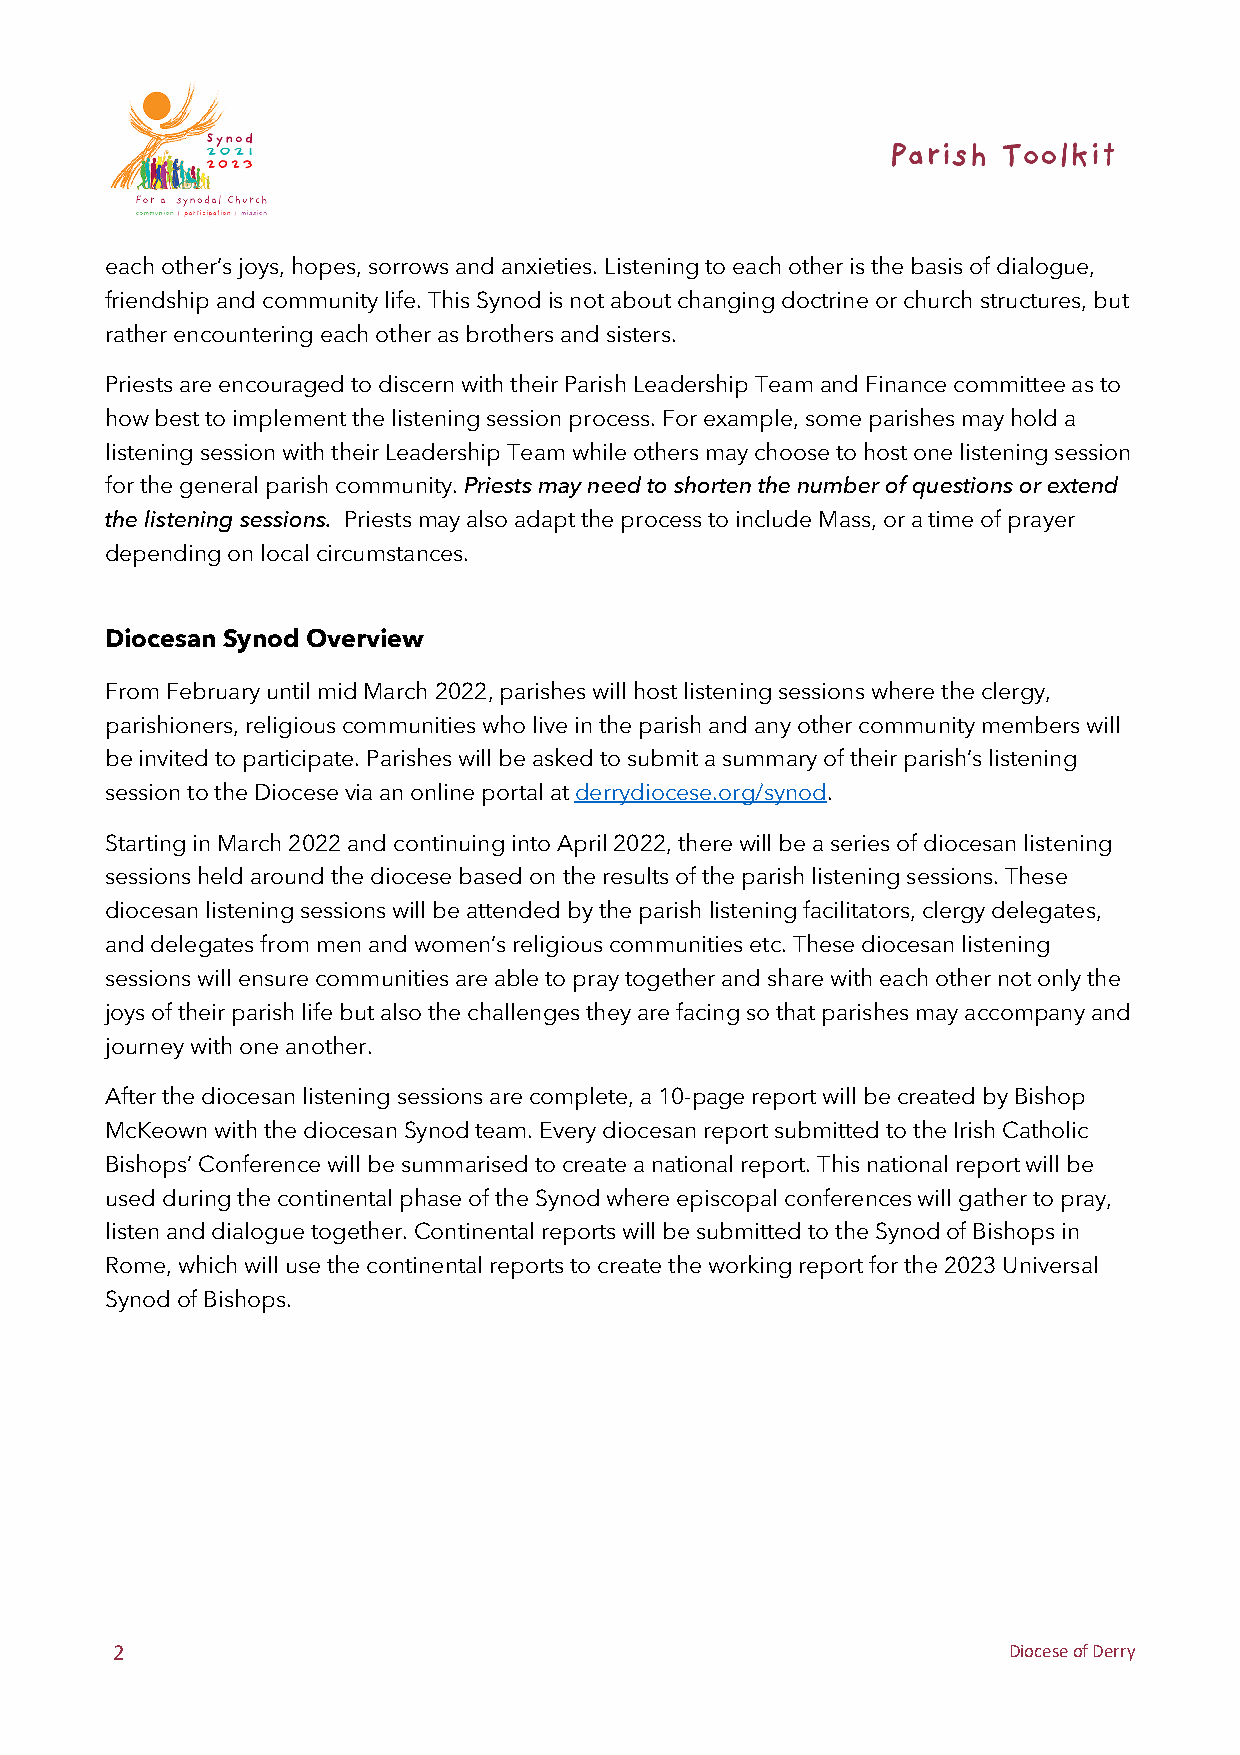
each other’s joys, hopes, sorrows and anxieties. Listening to each other is the basis of dialogue,
 friendship and community life. This Synod is not about changing doctrine or church structures, but
 rather encountering each other as brothers and sisters.
 Priests are encouraged to discern with their Parish Leadership Team and Finance committee as to
 how best to implement the listening session process. For example, some parishes may hold a
 listening session with their Leadership Team while others may choose to host one listening session
 for the general parish community. Priests may need to shorten the number of questions or extend
 the listening sessions. Priests may also adapt the process to include Mass, or a time of prayer
 depending on local circumstances.
 Diocesan Synod Overview
 From February until mid March 2022, parishes will host listening sessions where the clergy,
 parishioners, religious communities who live in the parish and any other community members will
 be invited to participate. Parishes will be asked to submit a summary of their parish’s listening
 session to the Diocese via an online portal at derrydiocese.org/synod.
 Starting in March 2022 and continuing into April 2022, there will be a series of diocesan listening
 sessions held around the diocese based on the results of the parish listening sessions. These
 diocesan listening sessions will be attended by the parish listening facilitators, clergy delegates,
 and delegates from men and women’s religious communities etc. These diocesan listening
 sessions will ensure communities are able to pray together and share with each other not only the
 joys of their parish life but also the challenges they are facing so that parishes may accompany and
 journey with one another.
 After the diocesan listening sessions are complete, a 10-page report will be created by Bishop
 McKeown with the diocesan Synod team. Every diocesan report submitted to the Irish Catholic
 Bishops’ Conference will be summarised to create a national report. This national report will be
 used during the continental phase of the Synod where episcopal conferences will gather to pray,
 listen and dialogue together. Continental reports will be submitted to the Synod of Bishops in
 Rome, which will use the continental reports to create the working report for the 2023 Universal
 Synod of Bishops.
 2                                                           Diocese of Derry